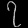
Digit: ၇